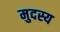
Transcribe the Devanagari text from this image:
मुदस्य